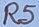
Text: R5